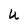
Character: U